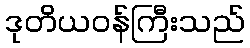
ဒုတိယဝန်ကြီးသည်